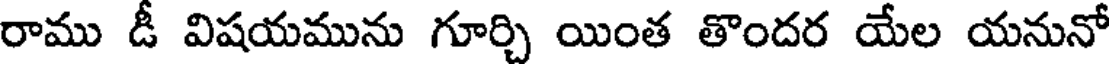
రాము డీ విషయమును గూర్చి యింత తొందర యేల యనునో